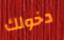
دخولك